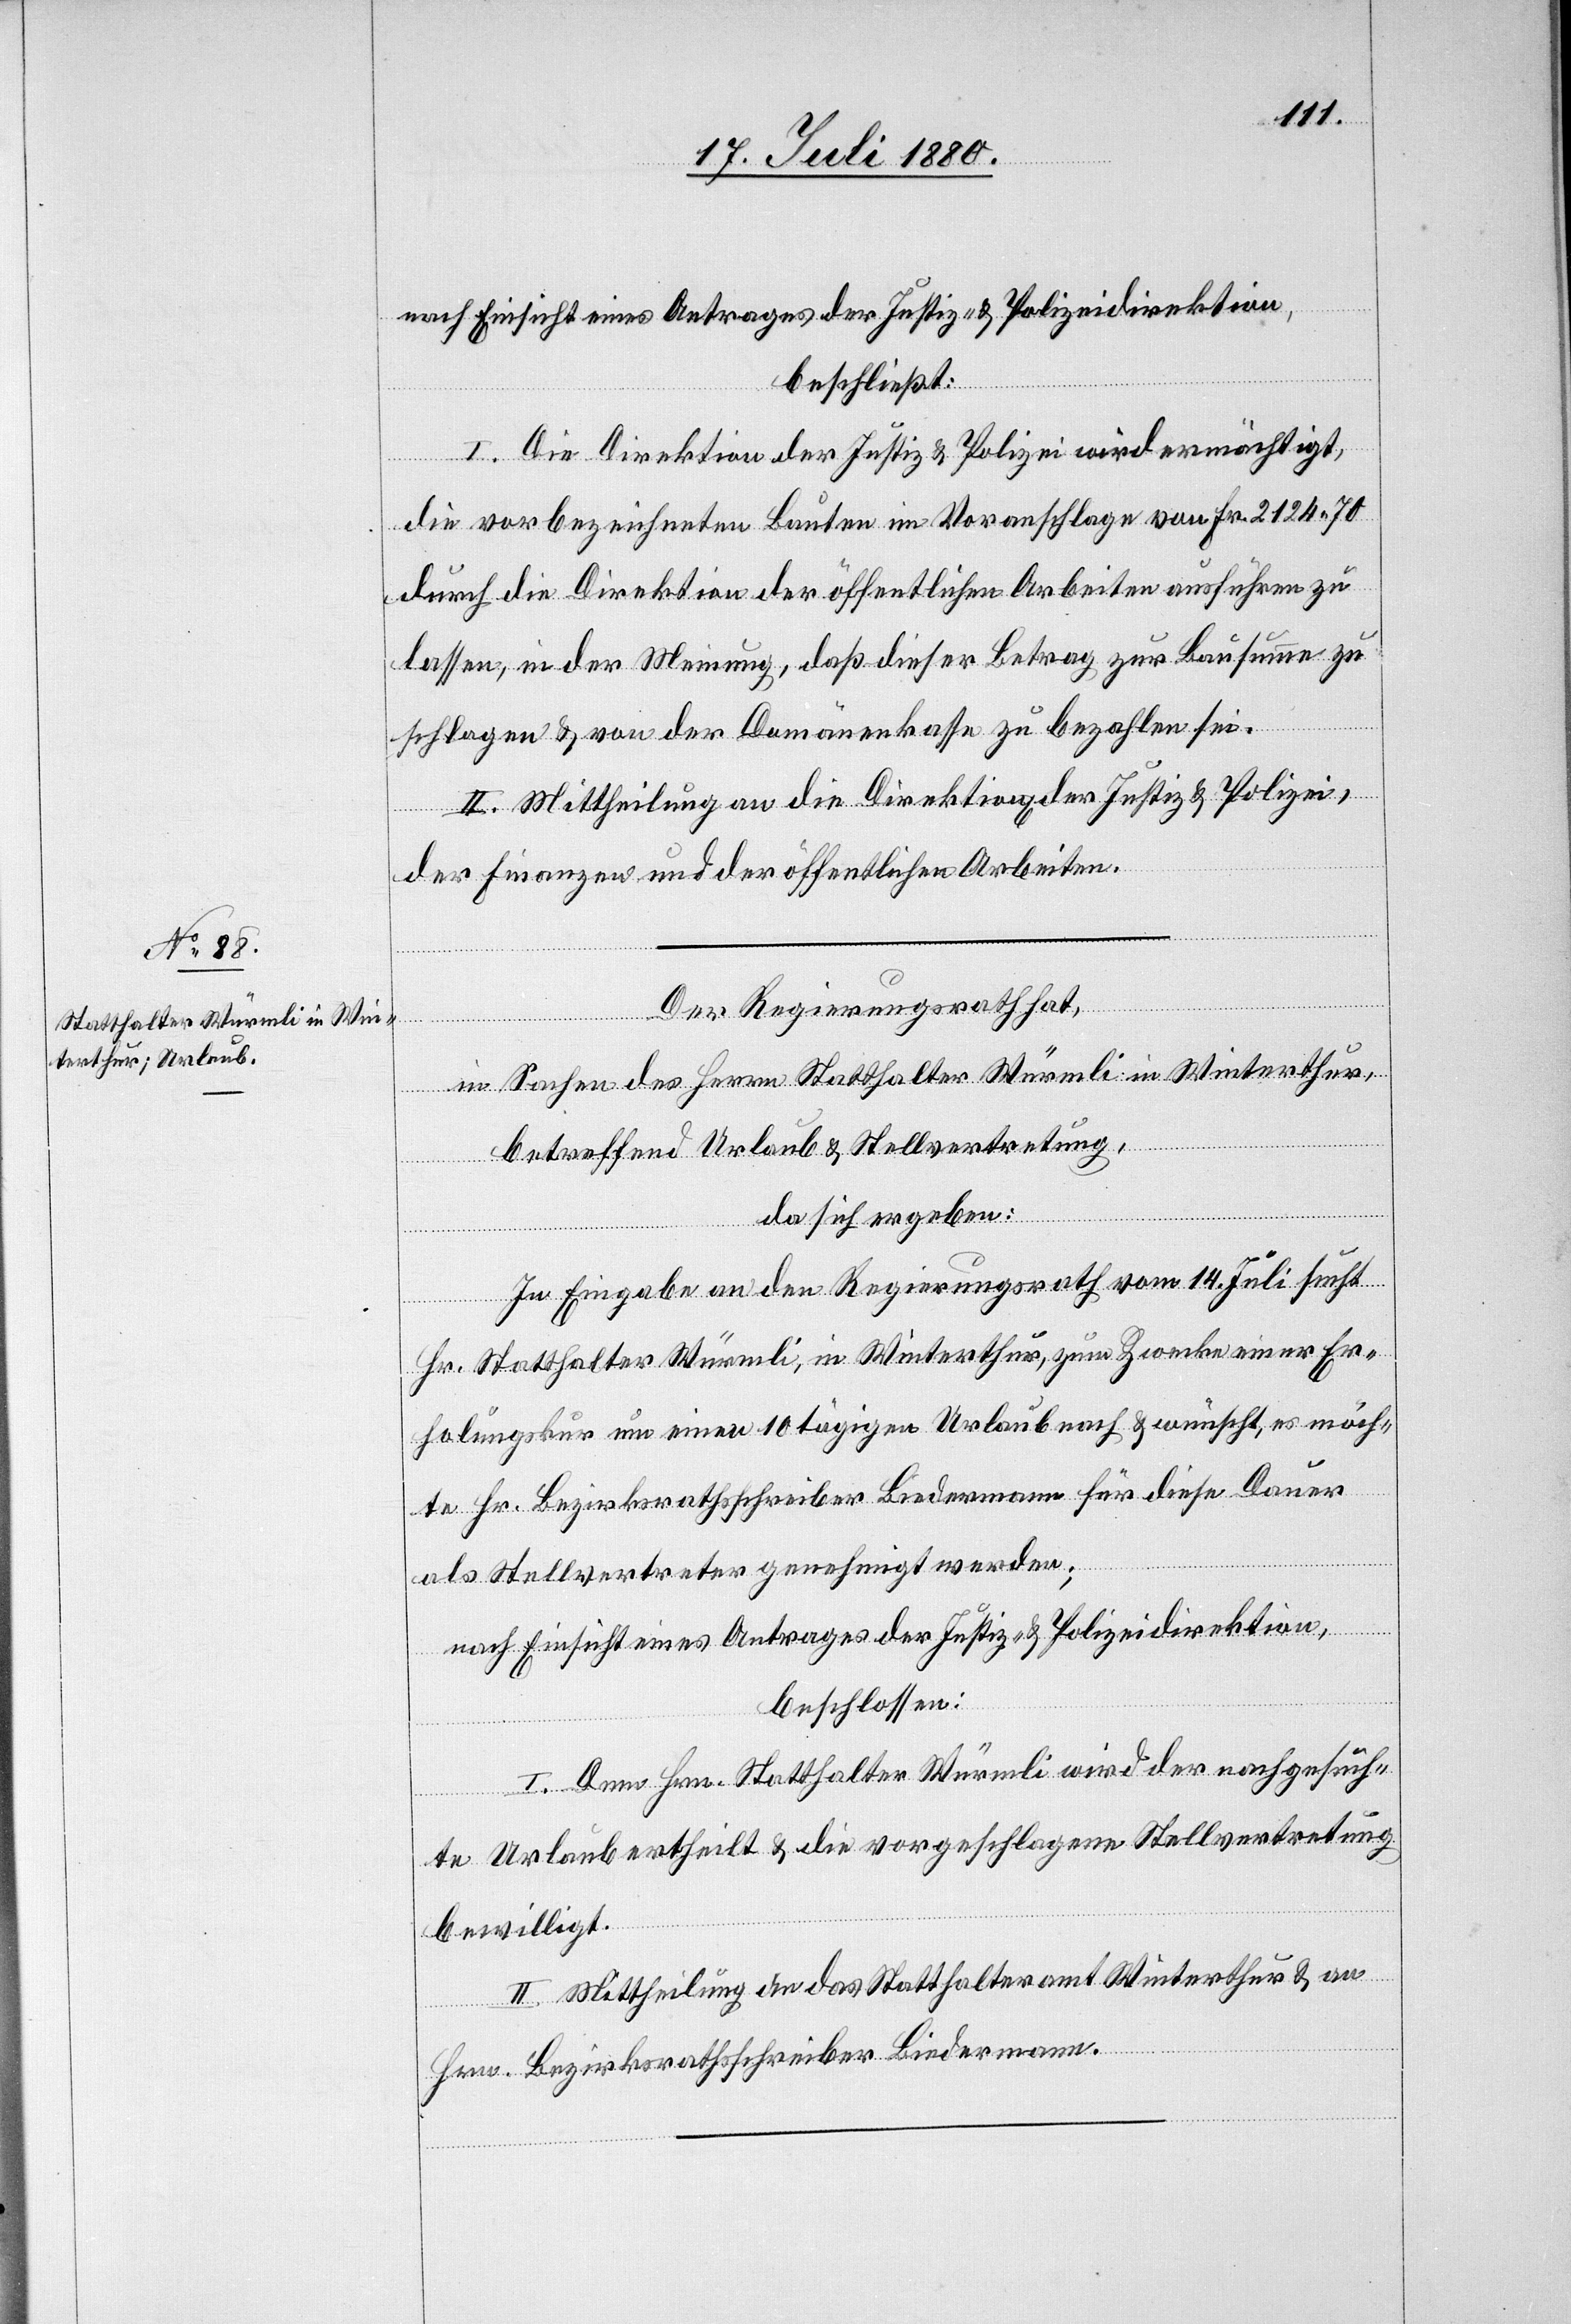
nach Einsicht eines Antrages der Justiz- & Polizeidirektion
beschließt:
I. Die Direktion der Justiz- & Polizei wird ermächtigt,
die vorbezeichneten Bauten in Voranschlage von Fr. 2124 70
durch die Direktion der öffentlichen Arbeiten ausführen zu
lassen, in der Meinung, daß dieser Betrag zur Bausumme zu
schlagen & von der Domänenkasse zu bezahlen sei.
II. Mittheilung an die Direktion[en] der Justiz & Polizei,
der Finanzen und der öffentlichen Arbeiten.
Der Regierungsrath hat,
in Sachen des Herrn Statthalter Würmli in Winterthur,
betreffend Urlaub & Stellvertretung,
da sich ergeben:
In Eingabe an den Regierungsrath vom 14. Juli sucht
Hr. Statthalter Würmli, in Winterthur, zum Zwecke einer Er¬
holungskur um einen 10 tägigen Urlaub nach & wünscht, es möch¬
te Hr. Bezirksrathsschreiber Biedermann für diese Dauer
als Stellvertreter genehmigt werden;
nach Einsicht eines Antrages der Justiz- und Polizeidirektion,
beschlossen:
I. Dem Hrn. Statthalter Würmli wird der nachgesuch¬
te Urlaub ertheilt & die vorgeschlagene Stellvertretung
bewilligt.
II. Mittheilung an das Statthalteramt Winterthur & an
Hrn. Bezirksrathsschreiber Biedermann.